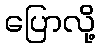
ပြောလို့